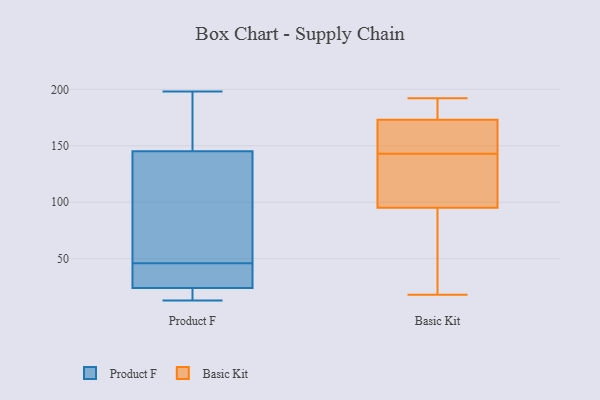
{"axis": {"x": "Churn Rate (%)", "y": "Value"}, "legend": ["Basic Kit", "Product F"], "data": [{"x": "", "y": 155, "type": "Product F"}, {"x": "", "y": 32, "type": "Product F"}, {"x": "", "y": 142, "type": "Product F"}, {"x": "", "y": 198, "type": "Product F"}, {"x": "", "y": 195, "type": "Product F"}, {"x": "", "y": 57, "type": "Product F"}, {"x": "", "y": 37, "type": "Product F"}, {"x": "", "y": 15, "type": "Product F"}, {"x": "", "y": 13, "type": "Product F"}, {"x": "", "y": 18, "type": "Product F"}, {"x": "", "y": 46, "type": "Product F"}, {"x": "", "y": 26, "type": "Product F"}, {"x": "", "y": 81, "type": "Product F"}, {"x": "", "y": 51, "type": "Basic Kit"}, {"x": "", "y": 173, "type": "Basic Kit"}, {"x": "", "y": 145, "type": "Basic Kit"}, {"x": "", "y": 135, "type": "Basic Kit"}, {"x": "", "y": 158, "type": "Basic Kit"}, {"x": "", "y": 151, "type": "Basic Kit"}, {"x": "", "y": 176, "type": "Basic Kit"}, {"x": "", "y": 184, "type": "Basic Kit"}, {"x": "", "y": 107, "type": "Basic Kit"}, {"x": "", "y": 166, "type": "Basic Kit"}, {"x": "", "y": 95, "type": "Basic Kit"}, {"x": "", "y": 192, "type": "Basic Kit"}, {"x": "", "y": 123, "type": "Basic Kit"}, {"x": "", "y": 18, "type": "Basic Kit"}, {"x": "", "y": 141, "type": "Basic Kit"}, {"x": "", "y": 94, "type": "Basic Kit"}, {"x": "", "y": 180, "type": "Basic Kit"}, {"x": "", "y": 56, "type": "Basic Kit"}]}